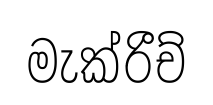
මැක්රීච්